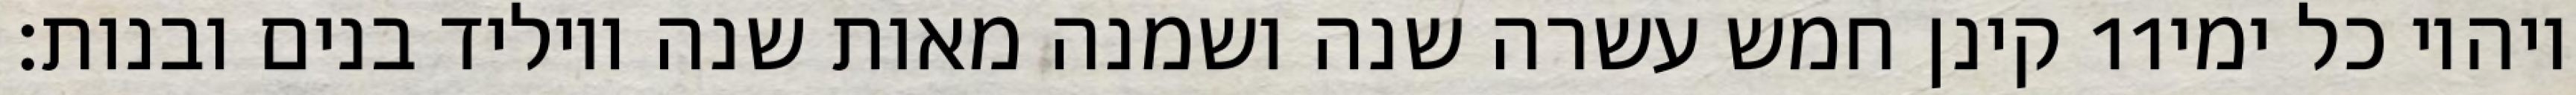
קינן חמש עשרה שנה ושמנה מאות שנה ויוליד בנים ובנות׃ ‎11‏ ויהיו כל ימי